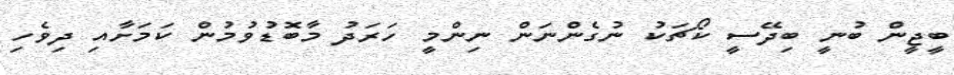
ބީޖީން ބުނީ ބިދޭސީ ކޯޗަކު ނުގެންނަން ނިންމީ ހަރަދު މާބޮޑުވުމުން ކަމަށާއި ދިވެހި